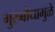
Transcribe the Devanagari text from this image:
गुरुबोधामुळे